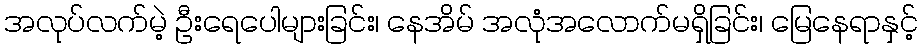
အလုပ်လက်မဲ့ ဦးရေပေါများခြင်း၊ နေအိမ် အလုံအလောက်မရှိခြင်း၊ မြေနေရာနှင့်